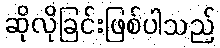
ဆိုလိုခြင်းဖြစ်ပါသည်